Problem: 7 + 24 = ?
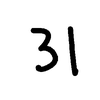
Handwritten answer: 31